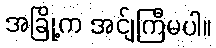
အခြို့က အင်ျကြီမပါ။